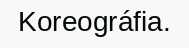
Koreográfia.